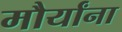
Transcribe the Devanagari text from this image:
मौर्यांना